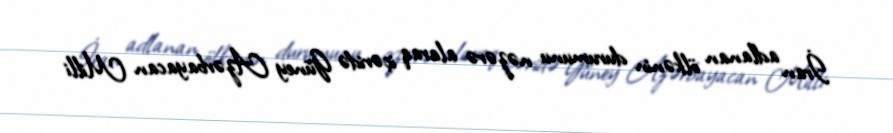
İran adlanan ölkənin durumunu nəzərə alaraq içəridə Güney Azərbayacan Milli